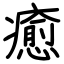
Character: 癒